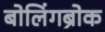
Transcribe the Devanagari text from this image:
बोलिंगब्रोक